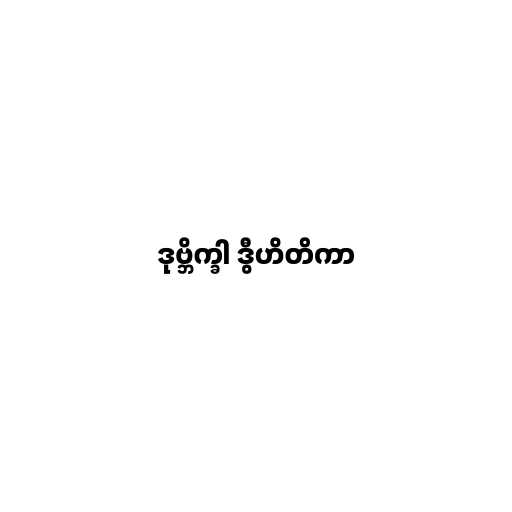
ဒုဗ္ဘိက္ခါ ဒွီဟိတိကာ